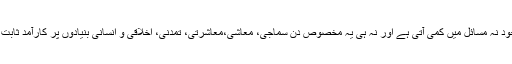
اس کے باوجود نہ مسائل میں کمی آتی ہے اور نہ ہی یہ مخصوص دن سماجی، معاشی،معاشرتی، تمدنی، اخلاقی و انسانی بنیادوں پر کارآمد ثابت ہو رہے ہیں۔